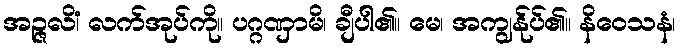
အဉ္ဇလိံ၊ လက်အုပ်ကို။ ပဂ္ဂဏှာမိ၊ ချီပါ၏။ မေ၊ အကျွန်ုပ်၏။ နိဝေသနံ၊